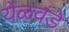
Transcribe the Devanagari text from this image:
येळवंडे